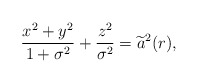
\begin{align*}\frac{x^{2}+y^{2}}{1+\sigma ^{2}}+\frac{z^{2}}{\sigma ^{2}}= \widetilde{a}^{2}(r), \end{align*}